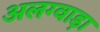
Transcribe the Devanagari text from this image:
अलग्वाड़ा